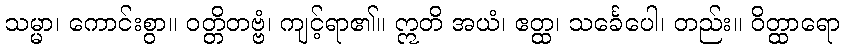
သမ္မာ၊ ကောင်းစွာ။ ဝတ္တိတဗ္ဗံ၊ ကျင့်ရာ၏။ ဣတိ အယံ၊ ဧတ္ထ၊ သင်္ခေပေါ၊ တည်း။ ဝိတ္ထာရော